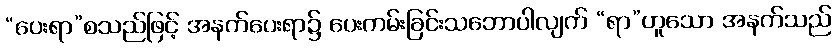
“ပေးရာ”စသည်ဖြင့် အနက်ပေးရာ၌ ပေးကမ်းခြင်းသဘောပါလျက် “ရာ”ဟူသော အနက်သည်